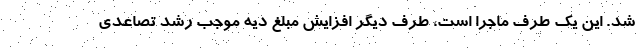
شد. اين يك طرف ماجرا است، طرف ديگر افزایش مبلغ دیه موجب رشد تصاعدي